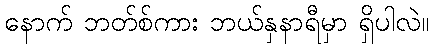
နောက် ဘတ်စ်ကား ဘယ်နှနာရီမှာ ရှိပါလဲ။